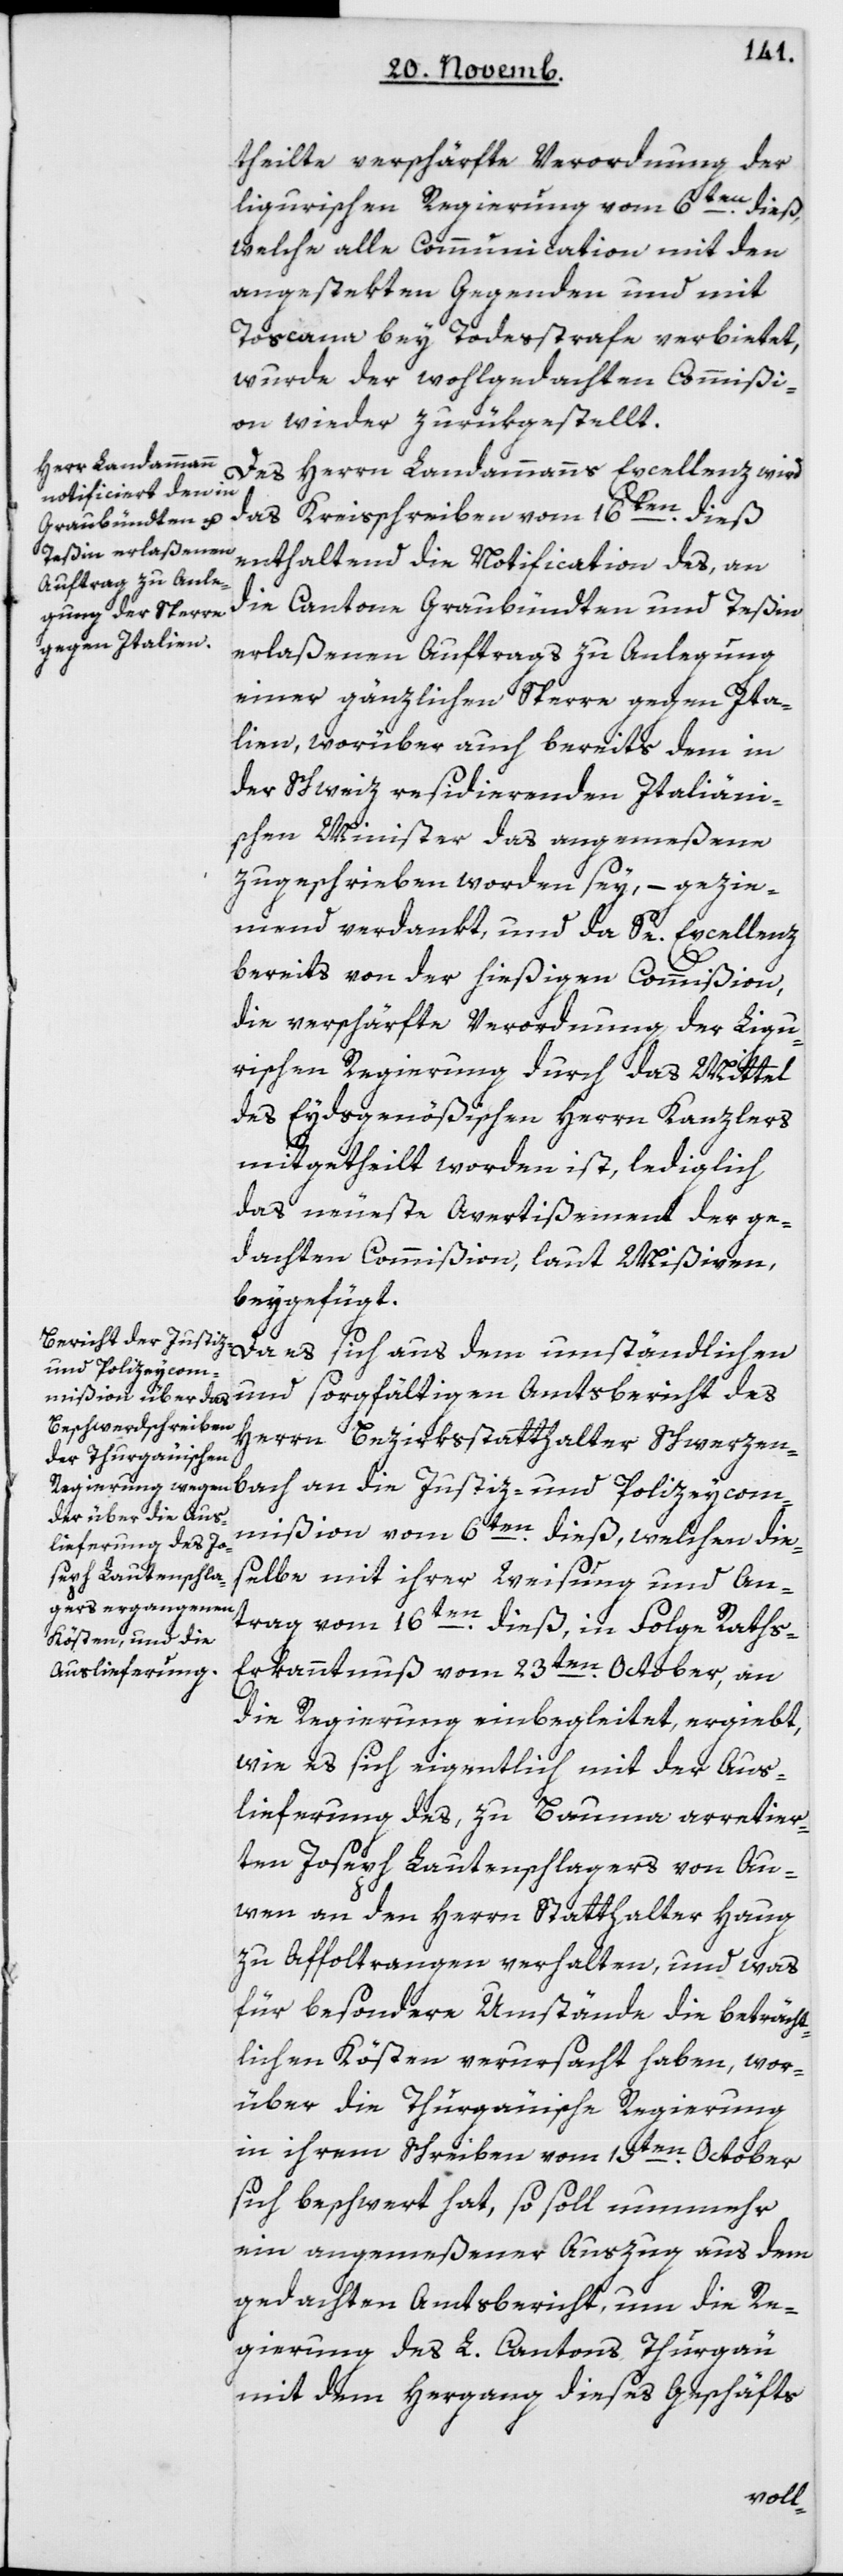
bach
theilte verschärfte Verordnung der
ligurischen Regierung vom 6ten dieß,
welche alle Communication mit den
angestekten Gegenden und mit
Toscana bey Todeßtrafe verbietet,
wurde der wohlgedachten Commißi¬
on wieder zurükgestellt.
Des Herrn Landammanns Excellenz wird
das Kreisschreiben vom 16ten dieß,
enthaltend die Notification des, an
die Cantone Graubündten und Teßin
erlaßenen Auftrags zu Anlegung
einer gänzlichen Sperre gegen Ita¬
lien, worüber auch bereits dem in
der Schweiz residierenden Italiäni¬
schen Minister das angemeßene
zugeschrieben worden sey, – gezie¬
mend verdankt und da Se Excellenz
bereits von der hießigen Commißion,
die verschärfte Verordnung der Ligu¬
rischen Regierung durch das Mittel
des Eydsgenößischen Herrn Kanzlers
mitgetheilt worden ist, lediglich
das neueste Avertißement der ge¬
dachten Commißion, laut Mißiven,
beygefügt.
und Polizeycom¬
und sorgfältigen Amtsbericht des
Herrn Bezirksstatthalter Schwerzen¬
mißion vom 6ten dieß, welchen die¬
selbe mit ihrer Weisung und An¬
trag vom 16ten dieß, in Folge Rath¬
s-Erkanntnuß vom 23ten October, an
die Regierung einbegleitet, ergiebt,
wie es sich eigentlich mit der Aus¬
lieferung des, zu Bauma arretier¬
ten Joseph Lautenschlagers von Au¬
wen an den Herrn Statthalter Haug
zu Affeltrangen verhalten, und was
für besondere Umstände die beträcht¬
lichen Kösten verursacht haben, wor¬
über die Thurgauische Regierung
in ihrem Schreiben vom 15ten October
sich beschwert hat, so soll nunmehr
ein angemeßener Auszug aus dem
gedachten Amtsbericht, um die Re¬
gierung des L. Cantons Thurgau
mit dem Hergang dieses Geschäfts